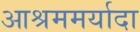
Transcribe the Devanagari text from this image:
आश्रममर्यादा